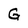
Character: G